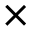
\times